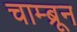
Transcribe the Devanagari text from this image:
चाम्ब्रून